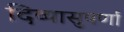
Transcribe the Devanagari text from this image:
दिव्यासुपर्णा